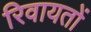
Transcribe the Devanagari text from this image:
रिवायतों